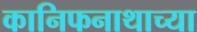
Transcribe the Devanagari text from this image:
कानिफनाथाच्या